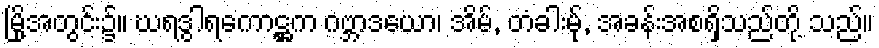
မြို့အတွင်း၌။ ဃရဒွါရကောဋ္ဌက ဂဗ္ဘာဒယော၊ အိမ်, တံခါးမု်, အခန်းအစရှိသည်တို့ သည်။